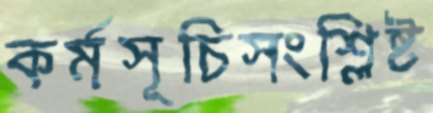
কর্মসূচিসংশ্লিষ্ট